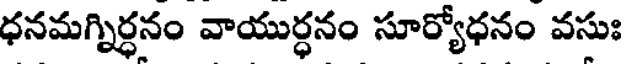
ధనమగ్నిర్ధనం వాయుర్ధనం సూర్యోధనం వసుః